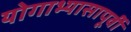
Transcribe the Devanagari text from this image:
योगाभ्यासापूर्वी